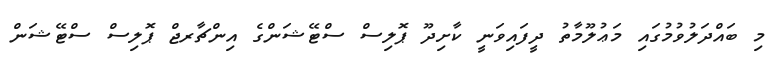
މި ބައްދަލުވުމުގައި މަޢުލޫމާތު ދީފައިވަނީ ކާށިދޫ ޕޮލިސް ސްޓޭޝަންގެ އިންޗާރޖް ޕޮލިސް ސްޓޭޝަން